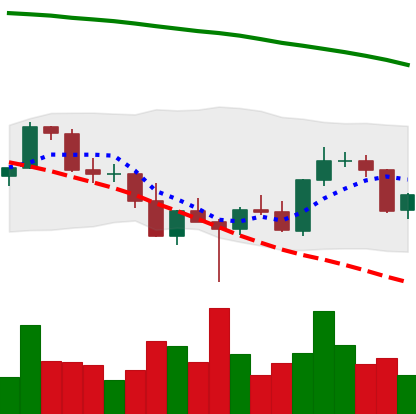
Ticker: BNB-USD
Chart end date: 2022-03-05
Forward return: -3.303%
Label: down_3_5